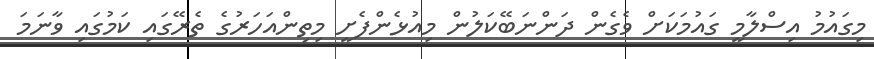
މިގައުމު އިސްލާމީ ގައުމަކަށް ވެގެން ދަންނަބޭކަލުން މިއުޅެންފެށީ މިތިންއަހަރުގެ ތެރޭގައި ކަމުގައި ވާނަމަ